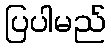
ပြပါမည်